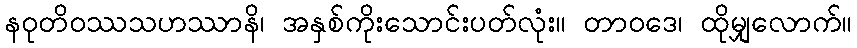
နဝုတိဝဿသဟဿာနိ၊ အနှစ်ကိုးသောင်းပတ်လုံး။ တာဝဒေ၊ ထိုမျှလောက်။